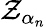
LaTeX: \textstyle\mathcal{Z}_{\alpha_{n}}